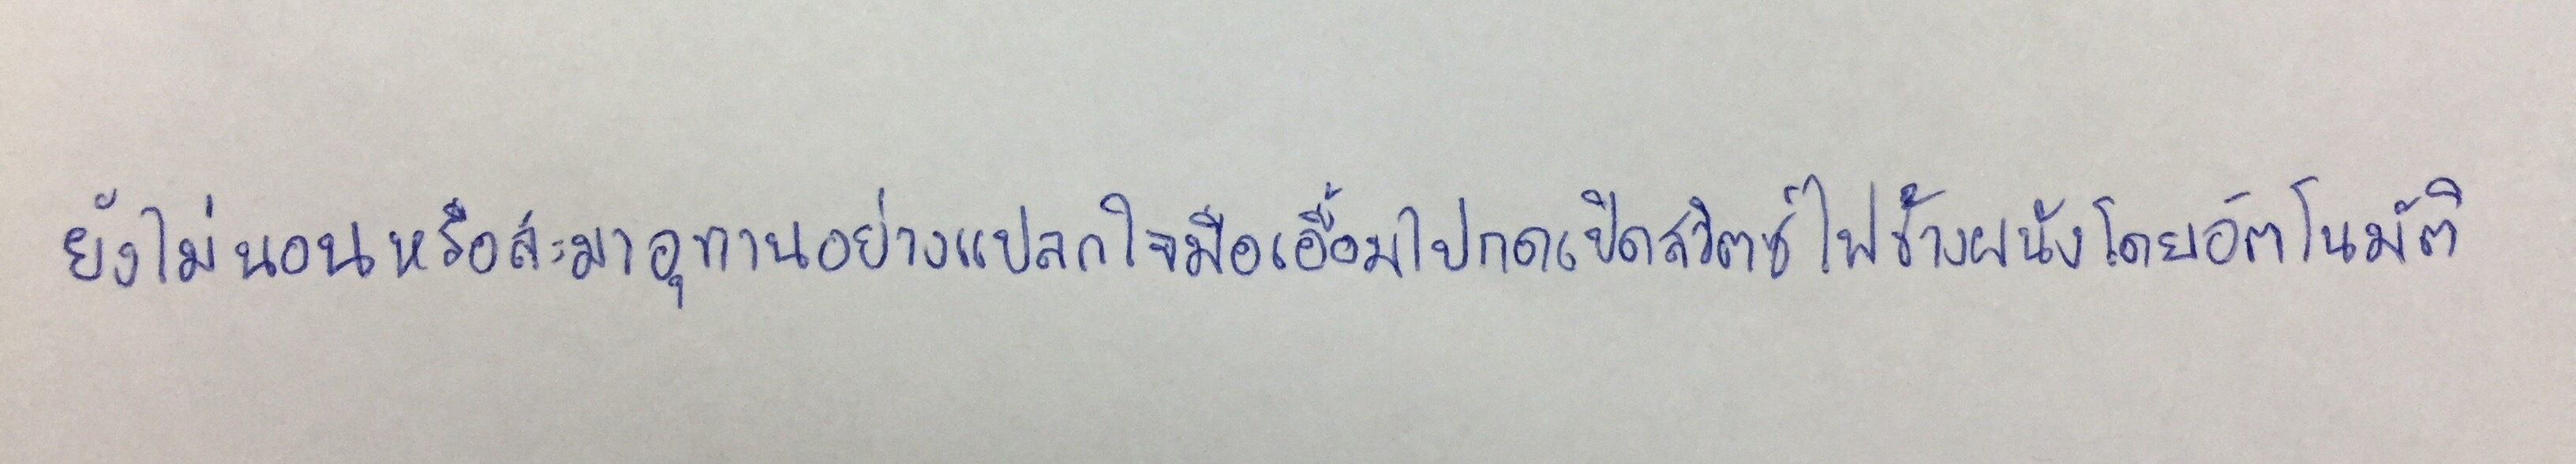
ยังไม่นอนหรือสะมาอุทานอย่างแปลกใจมือเอื้อมไปกดเปิดสวิตซ์ไฟข้างผนังโดยอัตโนมัติ